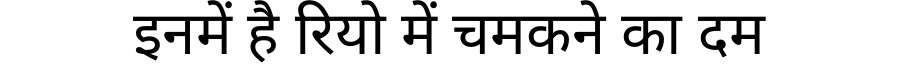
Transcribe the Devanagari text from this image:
इनमें है रियो में चमकने का दम